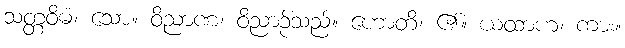
သတ္တဝိဓံ၊ သော။ ဝိညာဏံ၊ ဝိညာဉ်သည်။ ဟောတိ၊ ၏။ ယထာဟ၊ ကား။